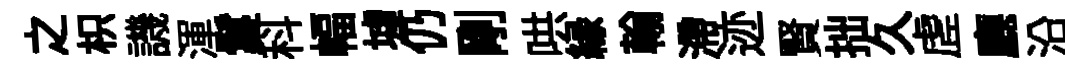
之枳譏渾鬘科幅墟仍剛哄縁翰滯迹賢拙久虗廳沿